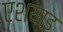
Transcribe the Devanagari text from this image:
एशयाइ